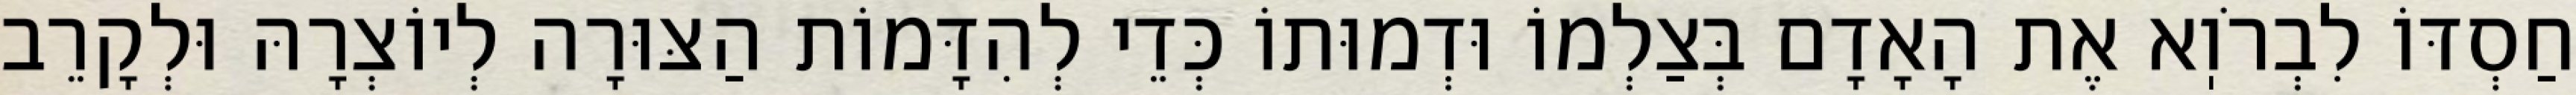
חַסְדּוֹ לִבְרֹוֽא אֶת הָאָדָם בְּצַלְמוֹ וּדְמוּתוֹ כְּדֵי לְהִדָּמוֹת הַצּוּרָה לְיוֹצְרָהּ וּלְקָרֵב